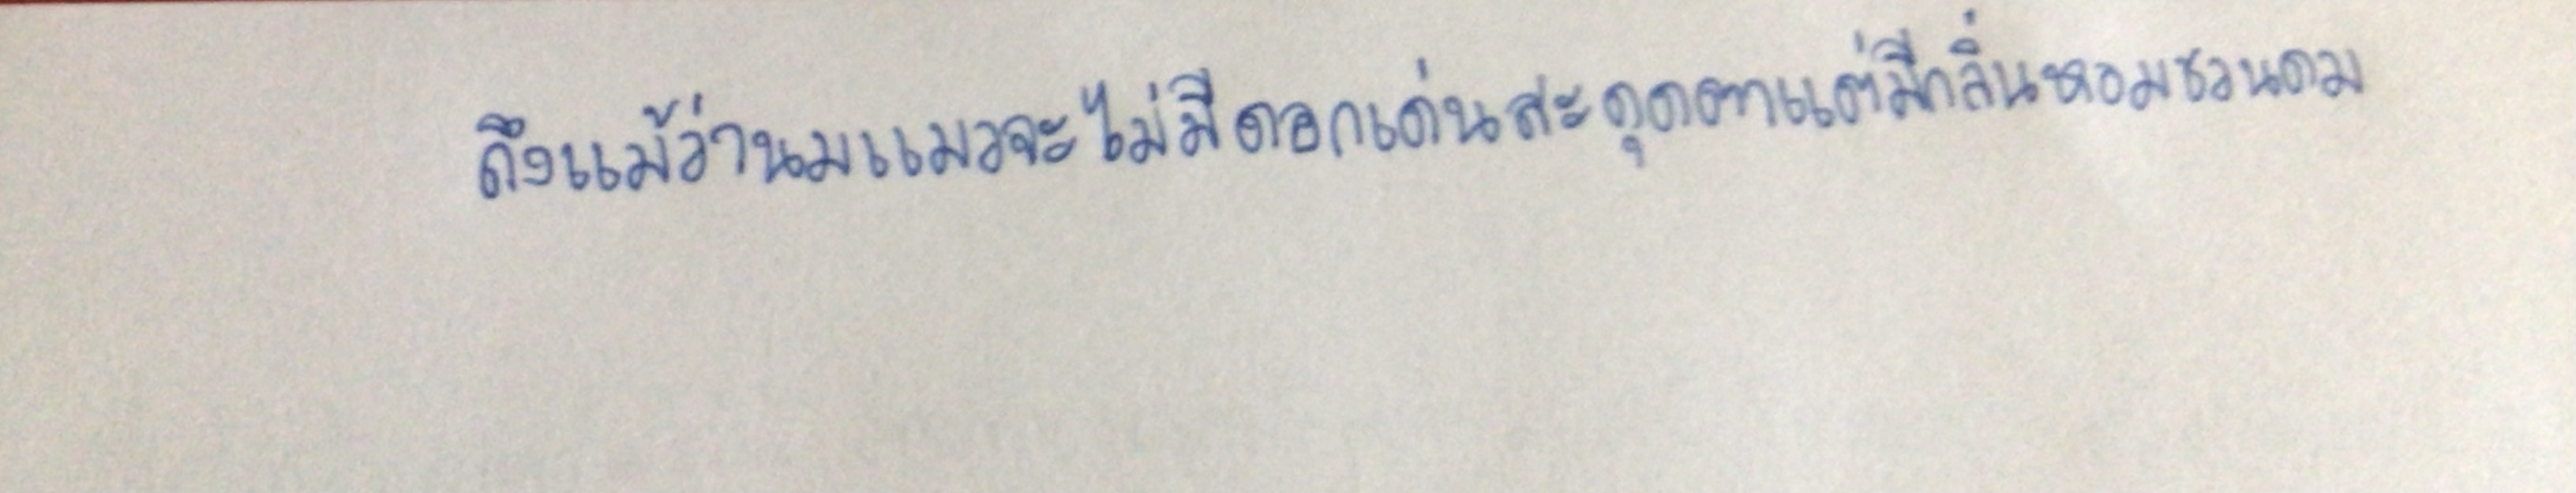
ถึงแม้ว่านมแมวจะไม่มีดอกเด่นสะดุดตาแต่มีกลิ่นหอมชวนดม